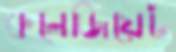
কলেজিয়েট